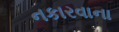
નકારવાના